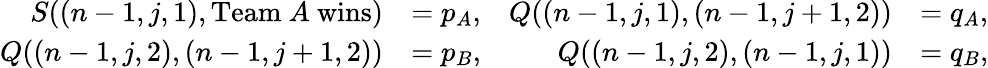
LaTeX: \begin{array}{rlrl}{S((n-1,j,1),\mathrm{Team~}A\mathrm{~wins})}&{=p_{A},}&{Q((n-1,j,1),(n-1,j+1,2))}&{=q_{A},}\\ {Q((n-1,j,2),(n-1,j+1,2))}&{=p_{B},}&{Q((n-1,j,2),(n-1,j,1))}&{=q_{B},}\end{array}